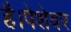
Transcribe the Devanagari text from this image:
है।पेशेवर